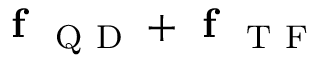
\textbf { f } _ { \mathrm { ~ Q ~ D ~ } } + \textbf { f } _ { \mathrm { ~ T ~ F ~ } }